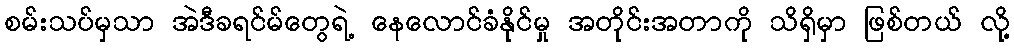
စမ်းသပ်မှသာ အဲဒီခရင်မ်တွေရဲ့ နေလောင်ခံနိုင်မှု အတိုင်းအတာကို သိရှိမှာ ဖြစ်တယ် လို့